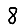
Digit: 8